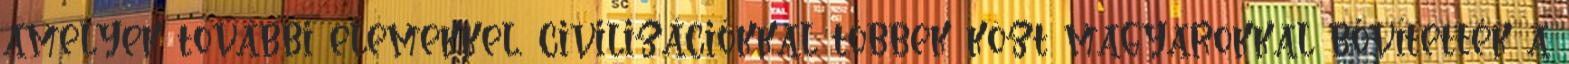
amelyek további elemekkel, civilizációkkal többek közt magyarokkal bővítették a